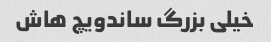
خیلی بزرگ ساندویچ هاش